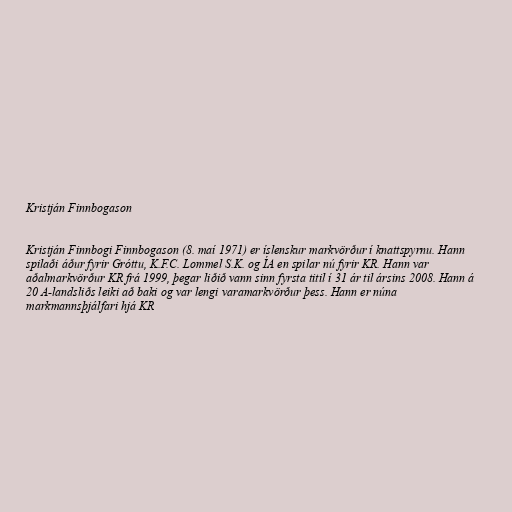
Kristján Finnbogason

Kristján Finnbogi Finnbogason (8. maí 1971) er íslenskur markvörður í knattspyrnu. Hann
spilaði áður fyrir Gróttu, K.F.C. Lommel S.K. og ÍA en spilar nú fyrir KR. Hann var
aðalmarkvörður KR frá 1999, þegar liðið vann sinn fyrsta titil í 31 ár til ársins 2008. Hann á
20 A-landsliðs leiki að baki og var lengi varamarkvörður þess. Hann er núna
markmannsþjálfari hjá KR